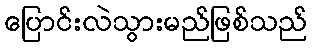
ပြောင်းလဲသွားမည်ဖြစ်သည်